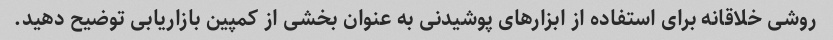
روشی خلاقانه برای استفاده از ابزارهای پوشیدنی به عنوان بخشی از کمپین بازاریابی توضیح دهید.